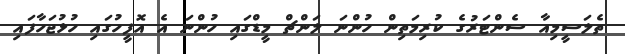
ތެލަސީމިއާ ސެންޓަރުގެ ކުރިމަތިން ހުންނަ ލަންޗް މީޑްގައި ހުންނަ އެ އޮފީހުގައި ހުޅުޖަހާފައި